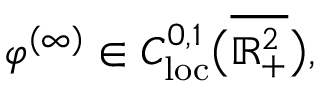
\varphi ^ { ( \infty ) } \in C _ { \mathrm { l o c } } ^ { 0 , 1 } \big ( \overline { { \mathbb { R } _ { + } ^ { 2 } } } \big ) ,